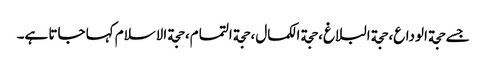
جسے حجة الوداع، حجة البلاغ، حجة الکمال، حجة التمام، حجة الاسلام کہا جاتا ہے۔